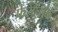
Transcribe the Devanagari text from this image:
फेसलॉक